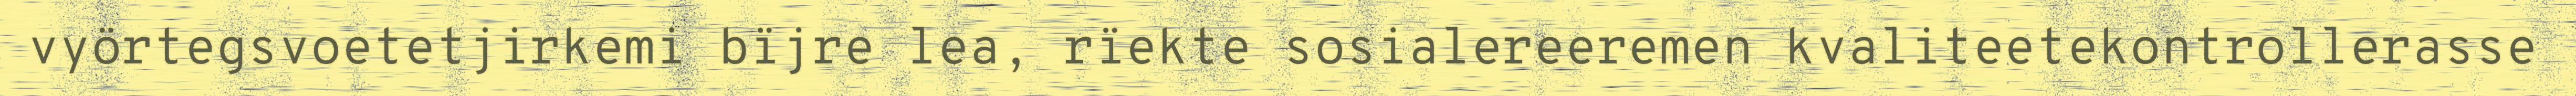
vyörtegsvoetetjirkemi bïjre lea, rïekte sosialereeremen kvaliteetekontrollerasse